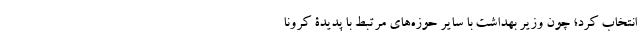
انتخاب کرد؛ چون وزیر بهداشت با سایر حوزه‌های مرتبط با پدیدۀ کرونا